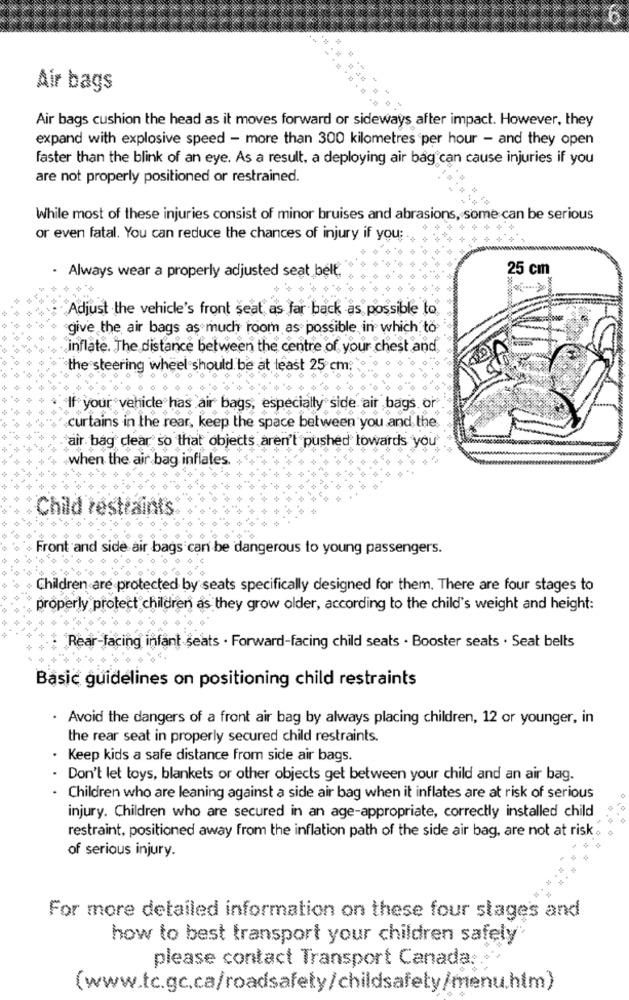
Air bags
Air bags cushion the head as it moves forward or sideways after impact. However, they
expand with explosive speed - more than 300 kilometres per hour - and they open
faster than the blink of an eye. As a result, a deploying air bag can cause injuries if you
are not properly positioned or restrained.
While most of these injuries consist of minor bruises and abrasions, some can be serious
or even fatal. You can reduce the chances of injury if you:
. Always wear a properly adjusted seat belt
25 cm
Adjust the vehicle's front seat, as far back as possible to
give the air bags as much room as possible, in which to
inflate. The distance between the centre of your chest and.
the steering wheel should be at least 25 cm?
f your vehicle has air bags, especially side air bags or
curtains in the rear, keep the space between you and the
air bag clear so that objects aren't pushed lowards you'
when the air bag inflates.
Child restraints
Front and side air bags can be dangerous to young passengers.
Children are protected by seats specifically designed for them. There are four stages to
properly protect children as they grow older, according to the child's weight and height:
Rear-facing infant seats . Forward-facing child seats . Booster seats . Seat belts
Basic guidelines on positioning child restraints
. Avoid the dangers of a front air bag by always placing children, 12 or younger, in
the rear seat in properly secured child restraints.
Keep kids a safe distance from side air bags.
Don't let toys, blankets or other objects get between your child and an air bag.
Children who are leaning against a side air bag when it inflates are at risk of serious
injury. Children who are secured in an age-appropriate, correctly installed child
restraint. positioned away from the inflation path of the side air bag, are not at risk .
of serious injury.
For more detailed information on these four stages and
how to best transport your children safely"
please contact Transport Canada :.
(www.tc.gc.ca/roadsafety/childsafety/menu.htm)